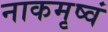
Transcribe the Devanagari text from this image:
नाकमृष्वं